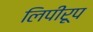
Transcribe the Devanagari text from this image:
लिपीरूप